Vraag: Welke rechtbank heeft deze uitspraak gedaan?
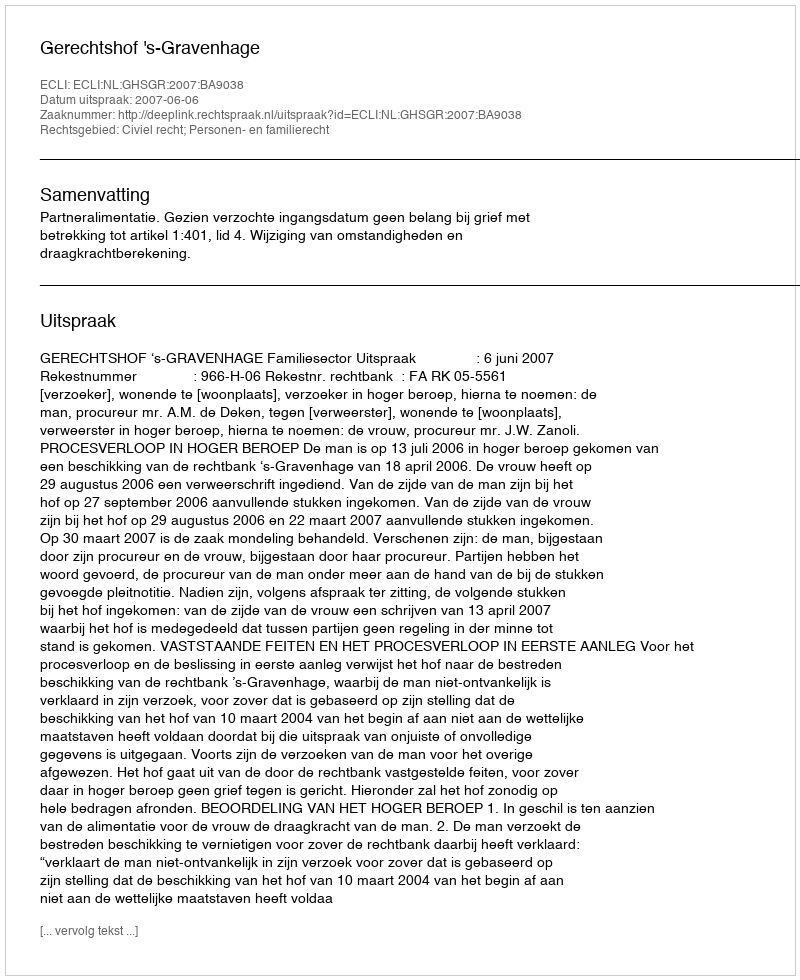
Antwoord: Gerechtshof 's-Gravenhage